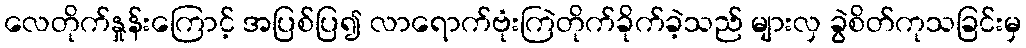
လေတိုက်နှုန်းကြောင့် အပြစ်ပြ၍ လာရောက်ဗုံးကြဲတိုက်ခိုက်ခဲ့သည် များလှ ခွဲစိတ်ကုသခြင်းမှ